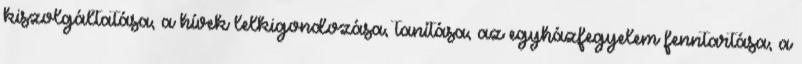
kiszolgáltatása, a hívek lelkigondozása, tanítása, az egyházfegyelem fenntartása, a